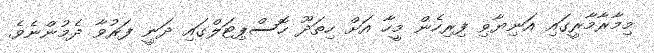
މިމާރާމާރީގައި އަނިޔާވި ފިރިހެން މީހާ އަށް ހިތަދޫ ހޮސްޕިޓަލްގައި ދަނީ ފަރުވާ ދެމުންނެވެ.